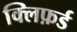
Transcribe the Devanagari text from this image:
क्लिफ़र्ड